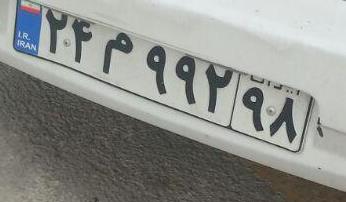
۲۴م۹۹۲۹۸